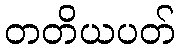
တတိယပတ်